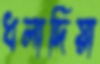
ধলাদিয়া